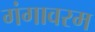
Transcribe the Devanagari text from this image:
गंगावरम